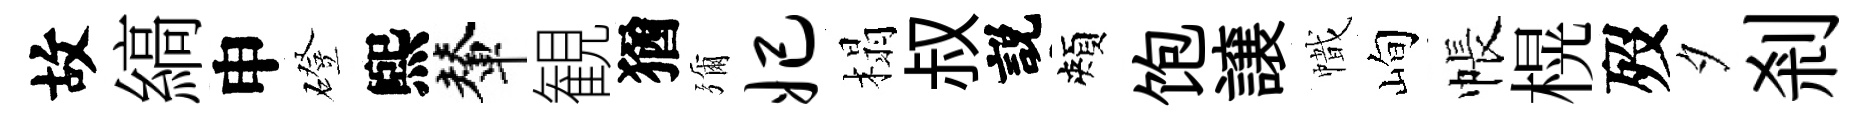
故縞申磴煕輦観猶彌妃榻叔説頰饱譲幟峋帳榥歿夕剎